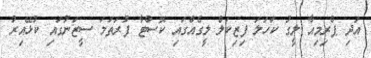
އަދި ޕްރިމިއާ ލީގު ކަހަލަ ފިޒިކަލް ލީގެއްގައި ކޮސްޓާ ފުރަތަމަ ސީޒަނުގައި ކުޅޭއިރު